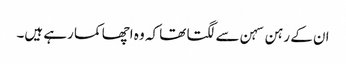
ان کے رہن سہن سے لگتا تھا کہ وہ اچھا کما رہے ہیں۔